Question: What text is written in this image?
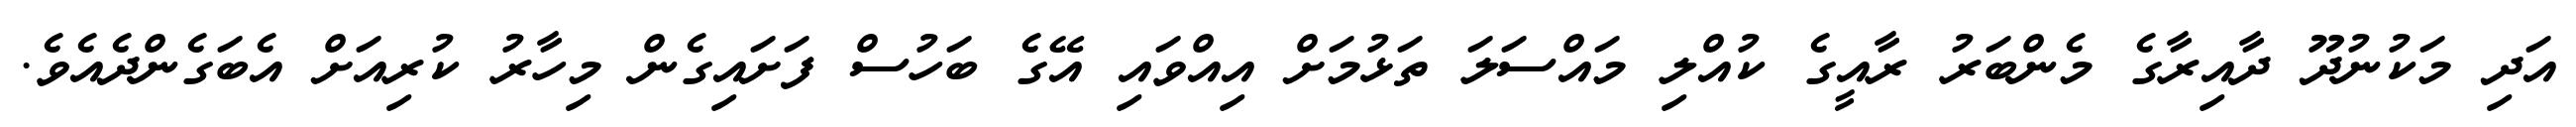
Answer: އަދި މަކުނުދޫ ދާއިރާގެ މެންބަރު ރާއީގެ ކުއްލި މައްސަލަ ތަޅުމަށް އިއްވައި އޭގެ ބަހުސް ފަށައިގެން މިހާރު ކުރިއަށް އެބަގެންދެއެވެ.